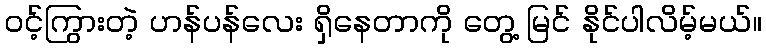
ဝင့်ကြွားတဲ့ ဟန်ပန်လေး ရှိနေတာကို တွေ့ မြင် နိုင်ပါလိမ့်မယ်။